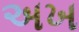
અખ